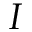
I